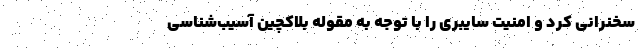
سخنرانی کرد و امنیت سایبری را با توجه به مقوله بلاکچین آسیب‌شناسی